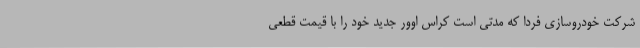
شرکت خودروسازی فردا که مدتی است کراس اوور جدید خود را با قیمت قطعی